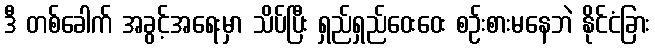
ဒီ တစ်ခေါက် အခွင့်အရေးမှာ သိပ်ပြီး ရှည်ရှည်ဝေးဝေး စဉ်းစားမနေဘဲ နိုင်ငံခြား